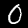
Label: 0